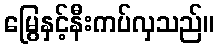
မြွေနှင့်နီးကပ်လှသည်။